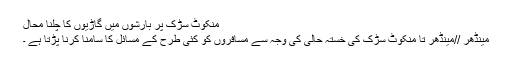
منکوٹ سڑک پر بارشوں میں گاڑیوں کا چلنا محال
مینڈھر //مینڈھر تا منکوٹ سڑک کی خستہ حالی کی وجہ سے مسافروں کو کئی طرح کے مسائل کا سامنا کرنا پڑتا ہے ۔